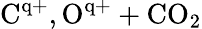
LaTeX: \mathrm{C^{q+},O^{q+}+CO_{2}}